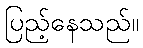
ပြည့်နေသည်။